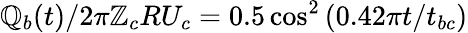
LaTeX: \mathbb{Q}_{b}(t)/2\pi\mathbb{Z}_{c}RU_{c}=0.5\cos^{2}\left(0.42\pi{t}/{t_{bc}}\right)